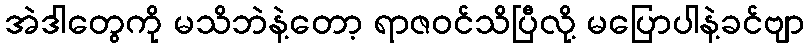
အဲဒါတွေကို မသိဘဲနဲ့တော့ ရာဇဝင်သိပြီလို့ မပြောပါနဲ့ခင်ဗျာ